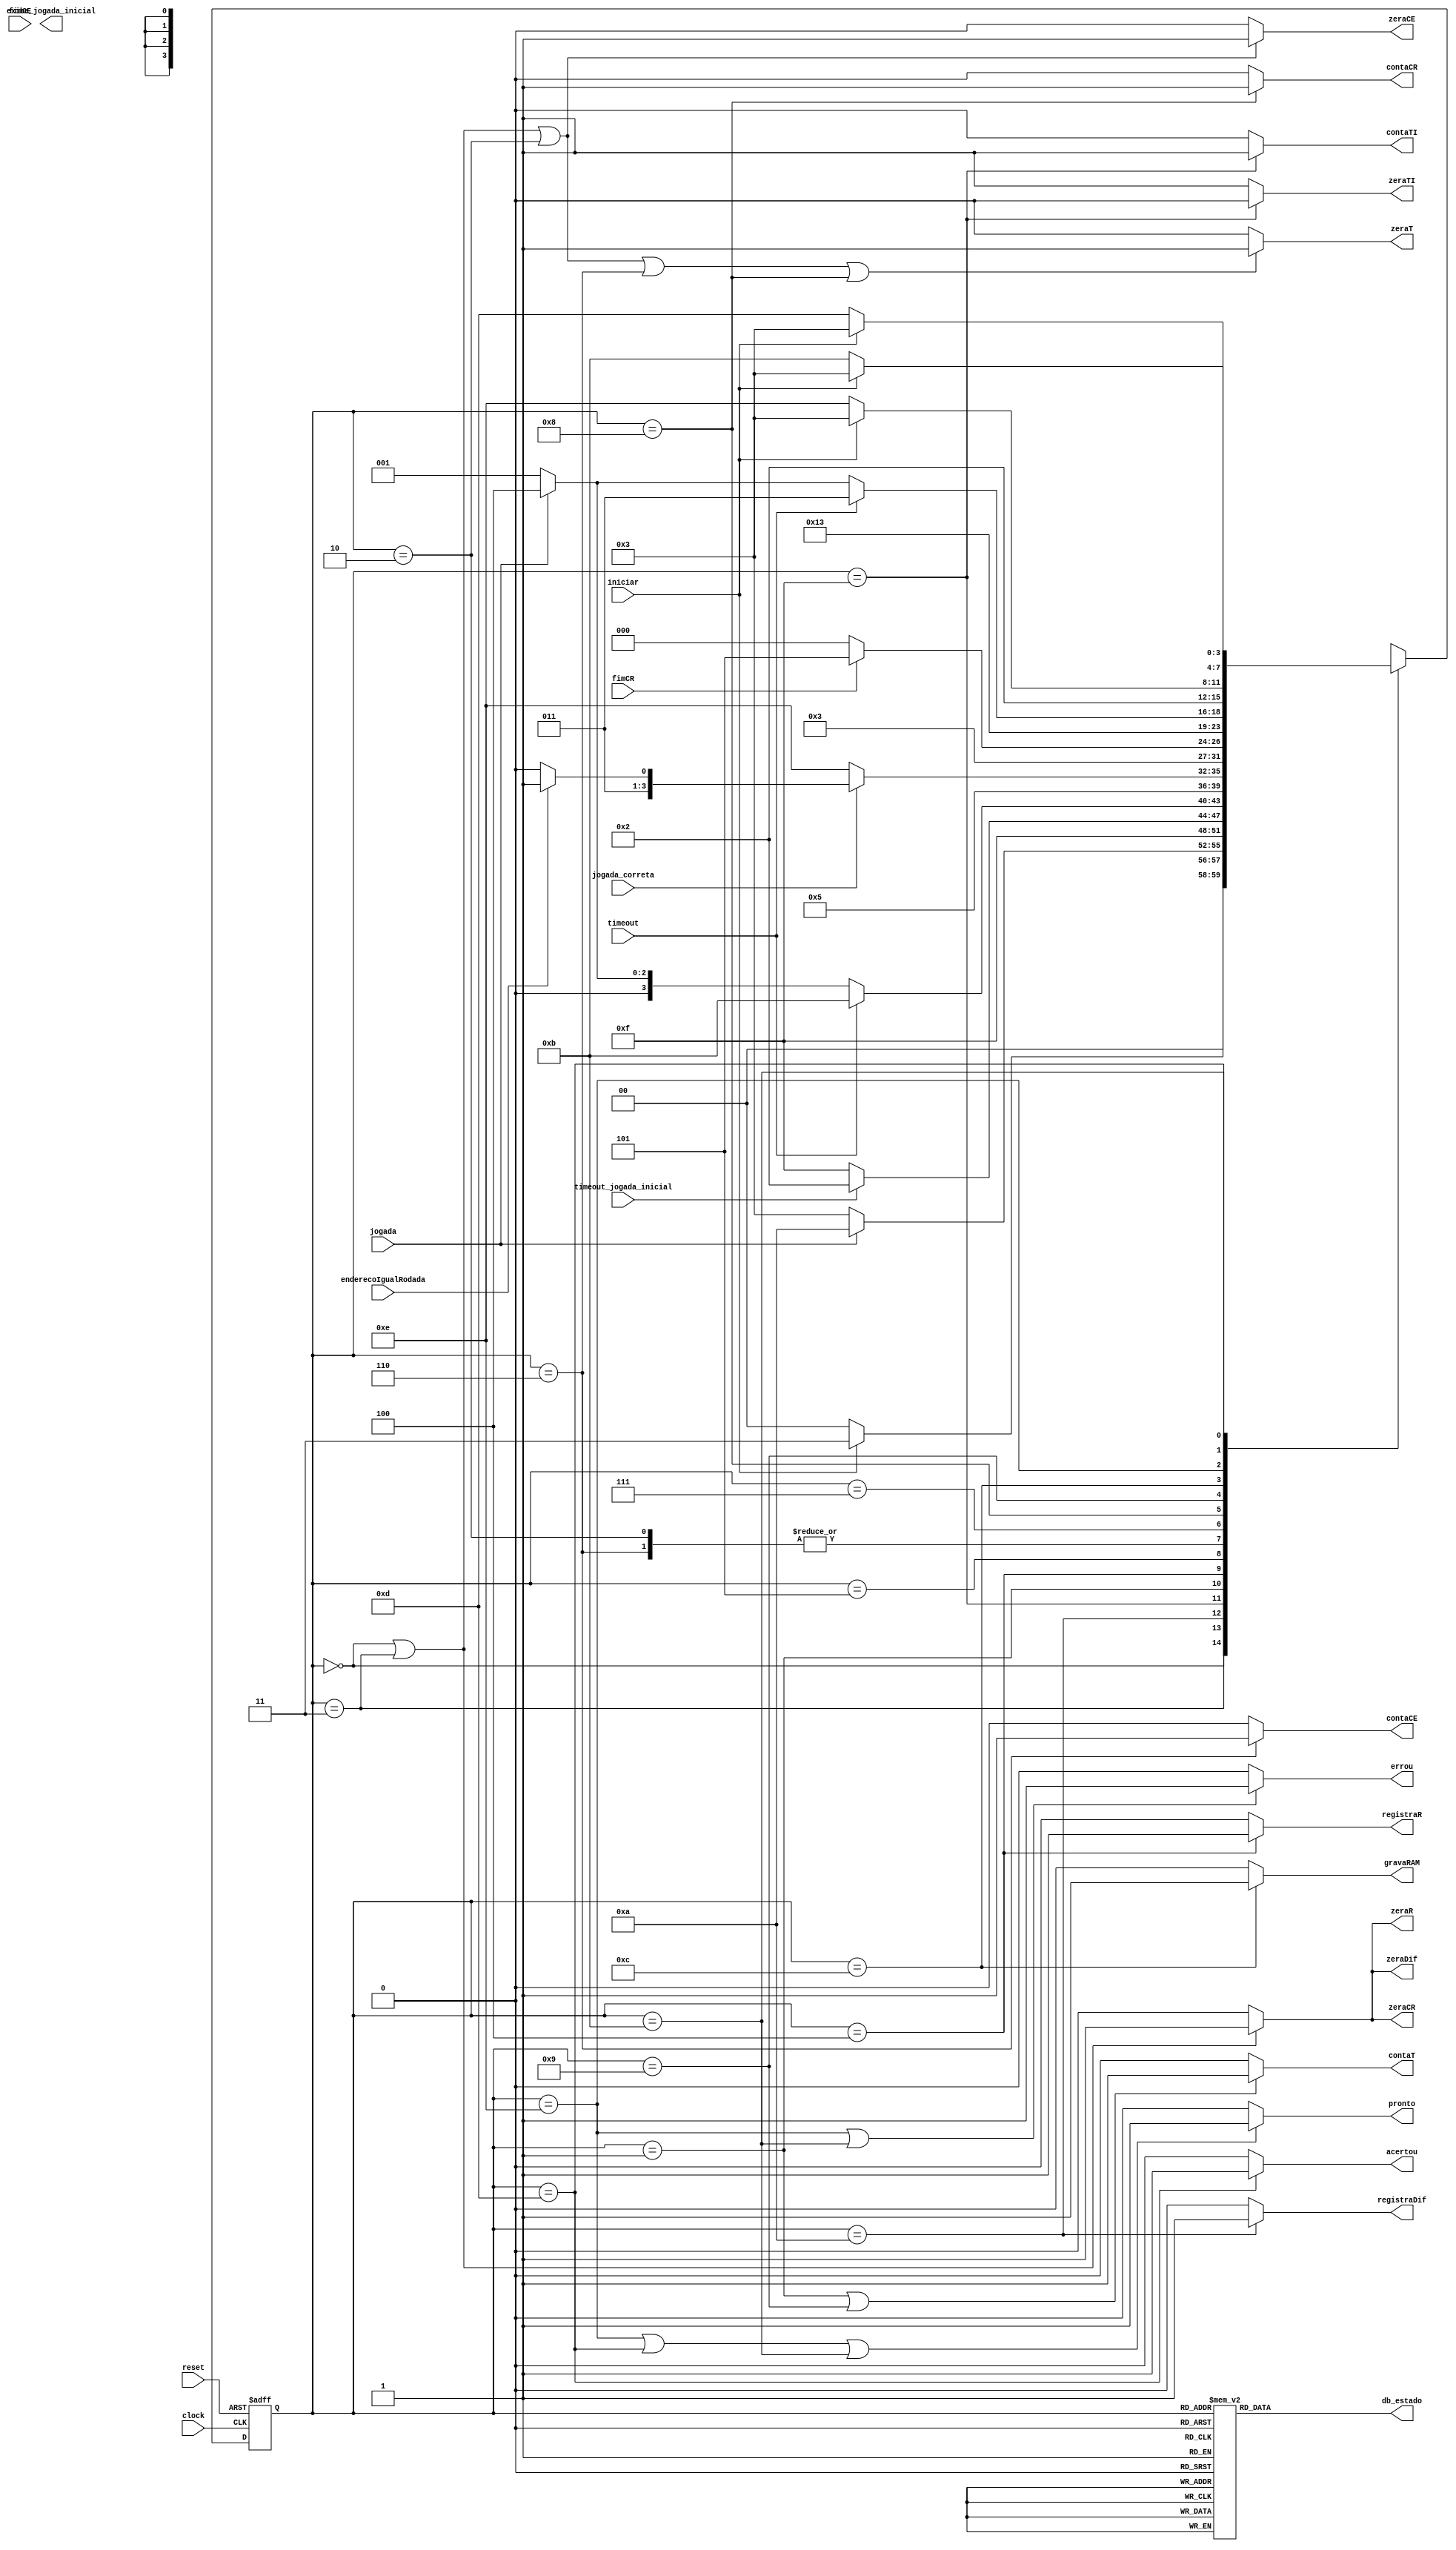
//------------------------------------------------------------------
// Arquivo   : exp4_unidade_controle.v
// Projeto   : Experiencia 4 - Projeto de uma Unidade de Controle
//------------------------------------------------------------------
// Descricao : Unidade de controle
//
// usar este codigo como template (modelo) para codificar 
// mquinas de estado de unidades de controle            
//------------------------------------------------------------------
// Revisoes  :
//     Data        Versao  Autor             Descricao
//     14/01/2024  1.0     Edson Midorikawa  versao inicial
//------------------------------------------------------------------
//
module unidade_controle (
    input      clock,
    input      reset,
    input      iniciar,
    input      fimCE,
    input      fimCR,
    input      jogada,
    input      enderecoIgualRodada,
    input      jogada_correta,
    input 	   timeout,
    input      timeout_jogada_inicial,
    output reg zeraCE,
    output reg contaCE,
    output reg zeraCR,
    output reg contaCR,
    output reg zeraR,
    output reg registraR,
    output reg zeraT,
    output reg contaT,
    output reg zeraTI,
    output reg contaTI,
    output reg pronto,
    output reg errou,
    output reg acertou,
    output reg exibe_jogada_inicial,
    output reg [3:0] db_estado,
    output reg gravaRAM,
    output reg registraDif,
    output reg zeraDif
);

    // Define estados
    parameter inicial    = 4'b0000;  // 0
    parameter preparacao = 4'b0011;  // 3
    parameter inicio_rodada = 4'b0010; // 2
    parameter primeiro_sinal = 4'b1111; // 2
    parameter dificuldade = 4'b1010; // A
    parameter espera     = 4'b0001; // 1
    parameter registra   = 4'b0100;  // 4
    parameter comparacao = 4'b0101;  // 5
    parameter proxima_jogada    = 4'b0110;  // 6
    parameter ultima_rodada = 4'b0111; // 7
    parameter proxima_rodada = 4'b1000; // 8
    parameter derrota    = 4'b1110; // E
    parameter vitoria    = 4'b1101; // D
    parameter tout       = 4'b1011; //B
    parameter espera_incremento = 4'b1001; // 9
    parameter grava       = 4'b1100; //C 

    // Variaveis de estado
    reg [3:0] Eatual, Eprox;

    // Memoria de estado
    always @(posedge clock or posedge reset) begin
        if (reset)
            Eatual <= inicial;
        else
            Eatual <= Eprox;
    end

    // Logica de proximo estado
    always @* begin
        case (Eatual)
            inicial:     Eprox = iniciar ? preparacao : inicial;
            preparacao:  Eprox =  jogada ? dificuldade: preparacao;
            dificuldade: Eprox = primeiro_sinal;
            primeiro_sinal:  Eprox = timeout_jogada_inicial ? inicio_rodada: primeiro_sinal;
            inicio_rodada: Eprox =  espera;
            espera:      Eprox = timeout ? tout :
											jogada ? registra: espera;
            registra:    Eprox = comparacao;
            comparacao:  Eprox = (~jogada_correta) ? derrota :
                                 (enderecoIgualRodada) ? ultima_rodada:
                                          proxima_jogada;
            proxima_jogada: Eprox = espera;
            ultima_rodada:     Eprox = fimCR ? vitoria : proxima_rodada;
            proxima_rodada:     Eprox = espera_incremento;
            espera_incremento:      Eprox = timeout ? tout :
											jogada ? grava: espera_incremento;
            grava:                  Eprox = inicio_rodada;
            derrota:     Eprox = (iniciar) ? preparacao : derrota;
            vitoria:     Eprox = (iniciar) ? preparacao : vitoria;
            tout:			 Eprox = (iniciar) ? preparacao : tout;
            default:     Eprox = inicial;
        endcase
    end

    // Logica de saida (maquina Moore)
    always @* begin
        zeraCE     = (Eatual == inicial || Eatual == preparacao || Eatual == inicio_rodada ) ? 1'b1 : 1'b0;
        contaCE   = (Eatual == proxima_jogada) ? 1'b1 : 1'b0;
        zeraCR     = (Eatual == inicial || Eatual == preparacao) ? 1'b1 : 1'b0;
        contaCR    = (Eatual == proxima_rodada) ? 1'b1 : 1'b0;
        zeraR     = (Eatual == inicial || Eatual == preparacao) ? 1'b1 : 1'b0;
        registraR = (Eatual == registra) ? 1'b1 : 1'b0;
        contaT    = (Eatual == espera || Eatual == espera_incremento) ? 1'b1 : 1'b0;
        zeraT     = (Eatual == inicial || Eatual == preparacao || Eatual == inicio_rodada || Eatual == proxima_jogada || Eatual == proxima_rodada) ? 1'b1 : 1'b0;
        contaTI    = (Eatual == primeiro_sinal) ? 1'b1 : 1'b0;
        zeraTI     = (Eatual == primeiro_sinal) ? 1'b0 : 1'b1;
        pronto    = (Eatual == derrota || Eatual == vitoria || Eatual == tout) ? 1'b1 : 1'b0; 
        errou     = (Eatual == derrota || Eatual == tout) ? 1'b1: 1'b0;
        acertou   = (Eatual == vitoria) ? 1'b1 : 1'b0;
        gravaRAM   = (Eatual == grava)   ? 1'b1 : 1'b0;
        zeraDif    = (Eatual == inicial || Eatual == preparacao) ? 1'b1 : 1'b0;
        registraDif  = (Eatual == dificuldade) ? 1'b1 : 1'b0;

        // Saida de depuracao (estado) 
        case (Eatual)
            inicial:     db_estado = 4'b0000;  // 0
            preparacao:  db_estado = 4'b0011;  // 3
            dificuldade: db_estado = 4'b1010; // A
            primeiro_sinal: db_estado = 4'b1111; // F
            inicio_rodada: db_estado = 4'b0010;  // 2
            espera:      db_estado = 4'b0001;  // 1
            registra:    db_estado = 4'b0100;  // 4
            comparacao:  db_estado = 4'b0101;  // 5
            proxima_jogada:     db_estado = 4'b0110;  // 6
            ultima_rodada: db_estado = 4'b0111;  // 7
            proxima_rodada: db_estado = 4'b1000;  // 8
            derrota:     db_estado = 4'b1110;  // E
            vitoria:     db_estado = 4'b1101;  // D
            tout:			 db_estado = 4'b1011;  // B
            grava:     db_estado = 4'b1100; //C
            espera_incremento: db_estado = 4'b1001; //9

            default:     db_estado = 4'b0000;  // F
        endcase
    end

endmodule